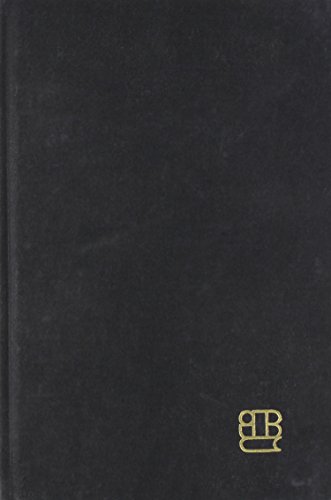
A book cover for Strengthening Adult and Continuing Education: A Global Perspective on Synergistic Leadership (Jossey Bass Higher and Adult Education); Alan B. Knox; Education & Teaching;